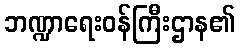
ဘဏ္ဍာရေးဝန်ကြီးဌာန၏